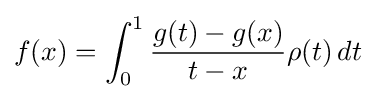
f(x)=\int _{0}^{1}{\frac {g(t)-g(x)}{t-x}}\rho (t)\,dt